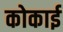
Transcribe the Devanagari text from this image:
कोकाई